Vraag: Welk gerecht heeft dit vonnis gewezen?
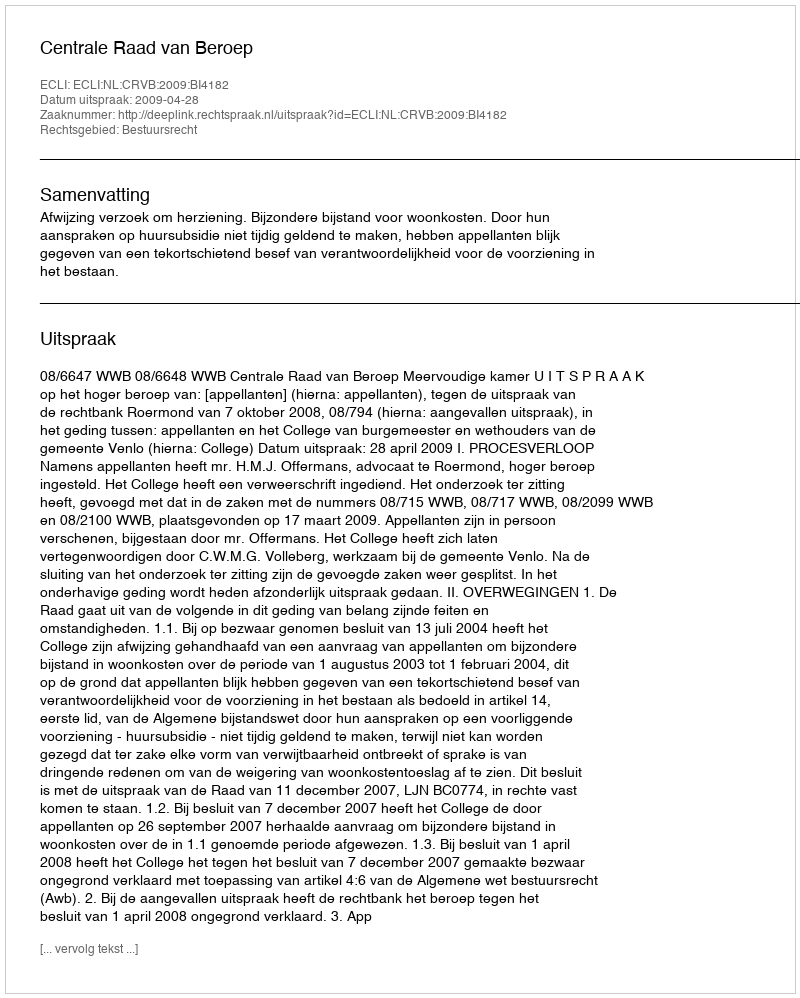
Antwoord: Centrale Raad van Beroep